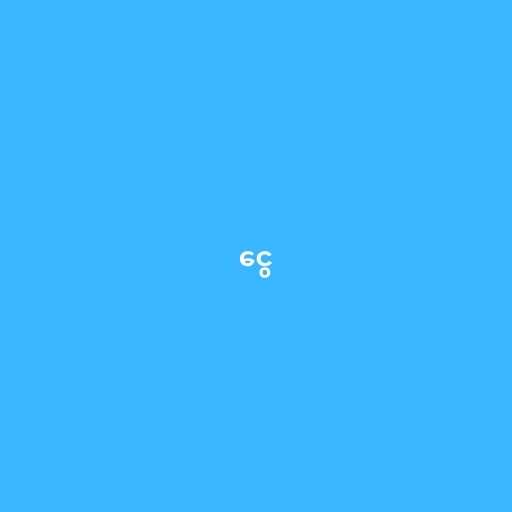
ငွေ